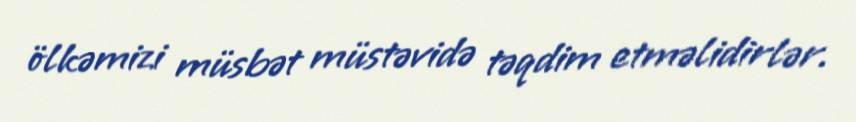
ölkəmizi müsbət müstəvidə təqdim etməlidirlər.